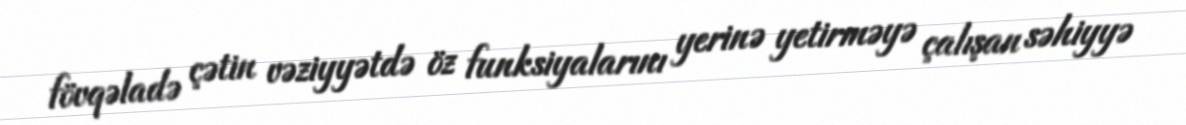
fövqəladə çətin vəziyyətdə öz funksiyalarını yerinə yetirməyə çalışan səhiyyə